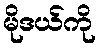
မိုဒယ်ကို